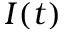
I ( t )